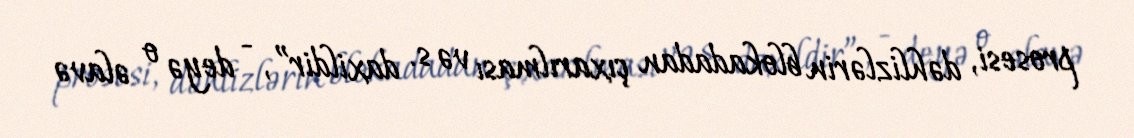
prosesi, dəhlizlərin blokadadan çıxarılması və s. daxildir”, - deyə o əlavə